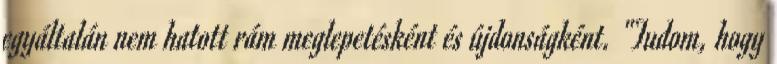
egyáltalán nem hatott rám meglepetésként és újdonságként. "Tudom, hogy